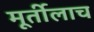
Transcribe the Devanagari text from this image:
मूर्तीलाच